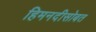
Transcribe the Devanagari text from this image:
हिमनदीसोबत